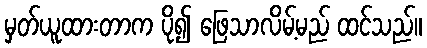
မှတ်ယူထားတာက ပို၍ ဖြေသာလိမ့်မည် ထင်သည်။